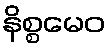
နိစ္စမေဝ